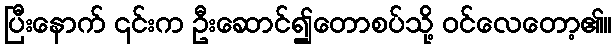
ပြီးနောက် ၎င်းက ဦးဆောင်၍တောစပ်သို့ ဝင်လေတော့၏။